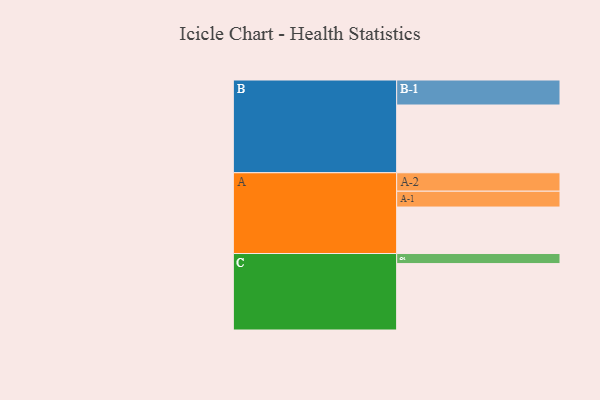
{"axis": {"x": "Segment", "y": "Value"}, "legend": ["", "A", "B", "C"], "data": [{"x": "A", "y": 411, "type": ""}, {"x": "B", "y": 599, "type": ""}, {"x": "C", "y": 587, "type": ""}, {"x": "A-1", "y": 140, "type": "A"}, {"x": "A-2", "y": 163, "type": "A"}, {"x": "B-1", "y": 221, "type": "B"}, {"x": "C-1", "y": 89, "type": "C"}]}